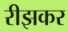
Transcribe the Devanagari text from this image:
रीझकर